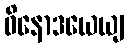
ဝိနောဒယေယျ